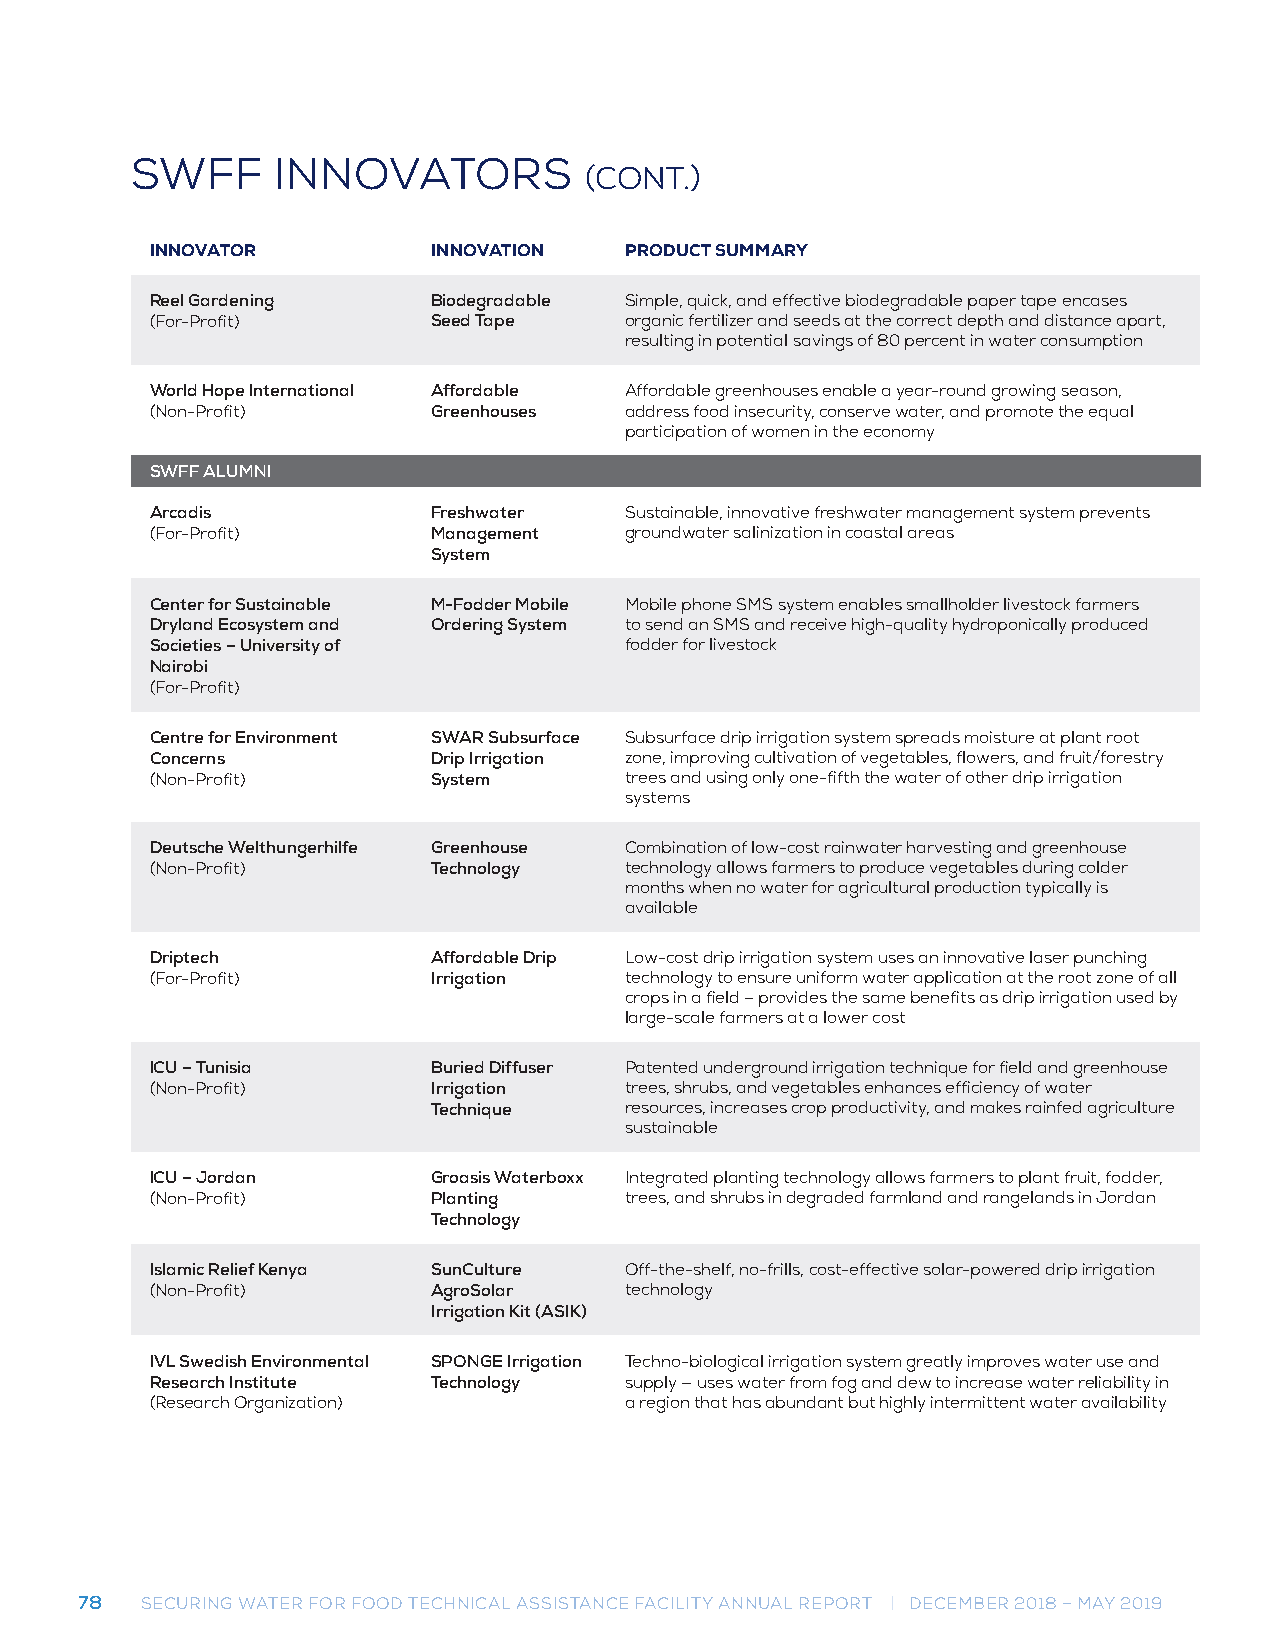
SWFF     INNOVATORS
 (CONT.)
 INNOVATOR          INNOVATION  PRODUCT SUMMARY
 Reel Gardening     Biodegradable Simple, quick, and effective biodegradable paper tape encases
 (For-Profit)       Seed Tape   organic fertilizer and seeds at the correct depth and distance apart,
 resulting in potential savings of 80 percent in water consumption
 World Hope International Affordable Affordable greenhouses enable a year-round growing season,
 (Non-Profit)       Greenhouses address food insecurity, conserve water, and promote the equal
 participation of women in the economy
 SWFF ALUMNI
 Arcadis            Freshwater  Sustainable, innovative freshwater management system prevents
 (For-Profit)       Management  groundwater salinization in coastal areas
 System
 Center for Sustainable M-Fodder Mobile Mobile phone SMS system enables smallholder livestock farmers
 Dryland Ecosystem and Ordering System to send an SMS and receive high-quality hydroponically produced
 Societies – University of      fodder for livestock
 Nairobi
 (For-Profit)
 Centre for Environment SWAR Subsurface Subsurface drip irrigation system spreads moisture at plant root
 Concerns           Drip Irrigation zone, improving cultivation of vegetables, flowers, and fruit/forestry
 (Non-Profit)       System      trees and using only one-fifth the water of other drip irrigation
 systems
 Deutsche Welthungerhilfe Greenhouse Combination of low-cost rainwater harvesting and greenhouse
 (Non-Profit)       Technology  technology allows farmers to produce vegetables during colder
 months when no water for agricultural production typically is
 available
 Driptech           Affordable Drip Low-cost drip irrigation system uses an innovative laser punching
 (For-Profit)       Irrigation  technology to ensure uniform water application at the root zone of all
 crops in a field – provides the same benefits as drip irrigation used by
 large-scale farmers at a lower cost
 ICU – Tunisia      Buried Diffuser Patented underground irrigation technique for field and greenhouse
 (Non-Profit)       Irrigation  trees, shrubs, and vegetables enhances efficiency of water
 Technique   resources, increases crop productivity, and makes rainfed agriculture
 sustainable
 ICU – Jordan       Groasis Waterboxx Integrated planting technology allows farmers to plant fruit, fodder,
 (Non-Profit)       Planting    trees, and shrubs in degraded farmland and rangelands in Jordan
 Technology
 Islamic Relief Kenya SunCulture Off-the-shelf, no-frills, cost-effective solar-powered drip irrigation
 (Non-Profit)       AgroSolar   technology
 Irrigation Kit (ASIK)
 IVL Swedish Environmental SPONGE Irrigation Techno-biological irrigation system greatly improves water use and
 Research Institute Technology  supply — uses water from fog and dew to increase water reliability in
 (Research Organization)        a region that has abundant but highly intermittent water availability
 78  SECURING WATER FOR FOOD TECHNICAL ASSISTANCE FACILITY ANNUAL REPORT | DECEMBER 2018 – MAY 2019